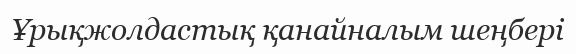
Ұрықжолдастық қанайналым шеңбері